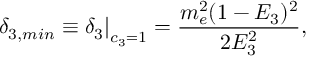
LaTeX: \delta _ { 3 , m i n } \left. \equiv \delta _ { 3 } \right| _ { c _ { 3 } = 1 } = \frac { m _ { e } ^ { 2 } ( 1 - E _ { 3 } ) ^ { 2 } } { 2 E _ { 3 } ^ { 2 } } ,